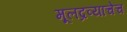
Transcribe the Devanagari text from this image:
मूलद्रव्याचेच